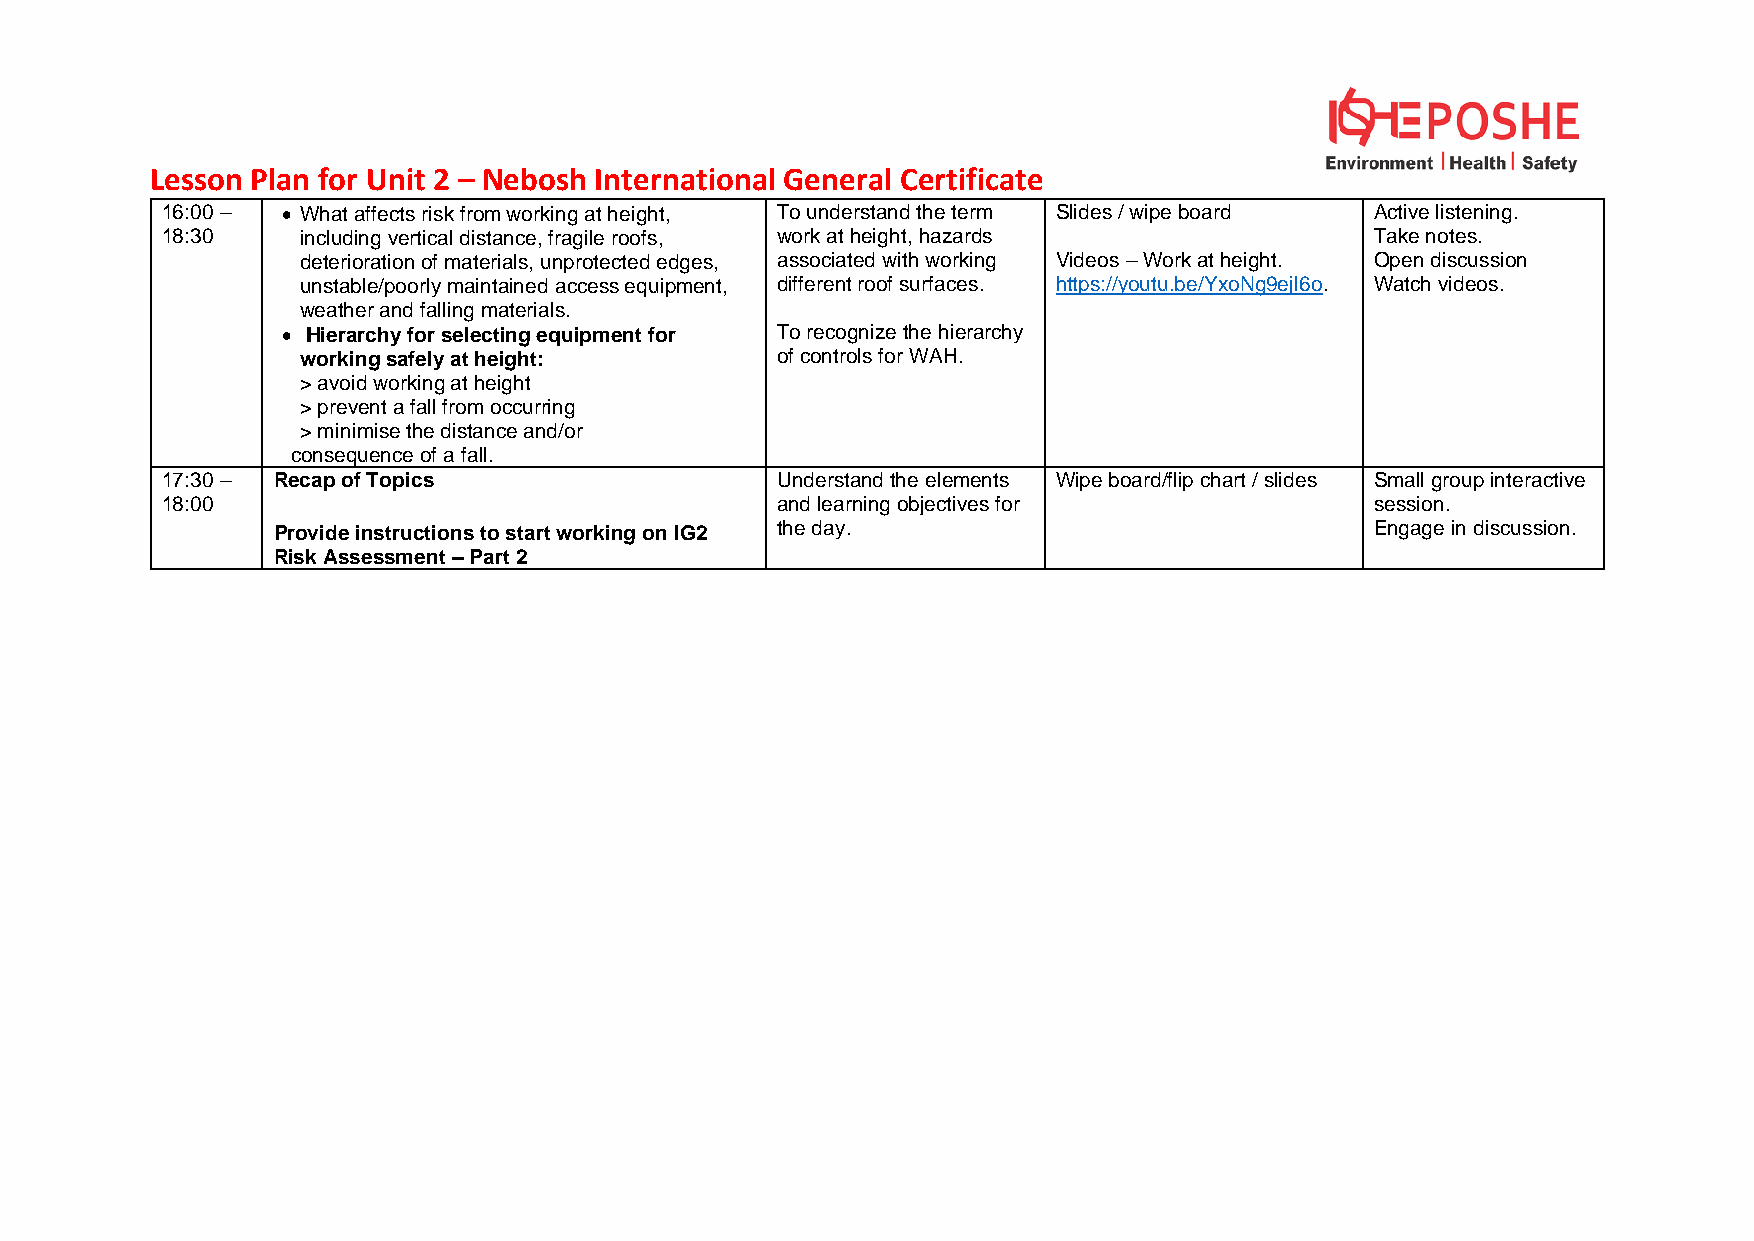
Lesson Plan for Unit 2 – Nebosh International General Certificate
 16:00 – • What affects risk from working at height, To understand the term Slides / wipe board Active listening.
 18:30    including vertical distance, fragile roofs, work at height, hazards    Take notes.
 deterioration of materials, unprotected edges, associated with working Videos – Work at height. Open discussion
 unstable/poorly maintained access equipment, different roof surfaces. https://youtu.be/YxoNg9ejl6o. Watch videos.
 weather and falling materials.
 • Hierarchy for selecting equipment for To recognize the hierarchy
 working safely at height:      of controls for WAH.
 > avoid working at height
 > prevent a fall from occurring
 > minimise the distance and/or
 consequence of a fall.
 17:30 – Recap of Topics                 Understand the elements Wipe board/flip chart / slides Small group interactive
 18:00                                   and learning objectives for             session.
 Provide instructions to start working on IG2 the day.                    Engage in discussion.
 Risk Assessment – Part 2